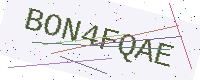
Text: BON4FQAE